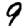
Digit: 9